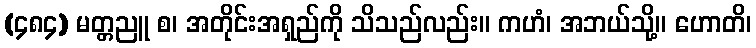
(၄၈၄) မတ္တညူ စ၊ အတိုင်းအရှည်ကို သိသည်လည်း။ ကဟံ၊ အဘယ်သို့။ ဟောတိ၊